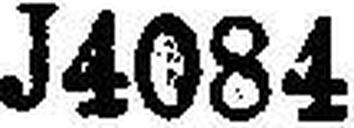
J4084